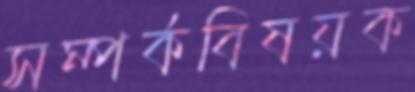
সম্পর্কবিষয়ক